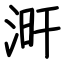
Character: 涆